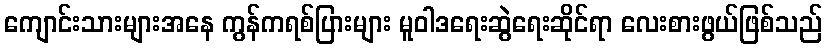
ကျောင်းသားများအနေ ကွန်ကရစ်ပြားများ မူဝါဒရေးဆွဲရေးဆိုင်ရာ လေးစားဖွယ်ဖြစ်သည်